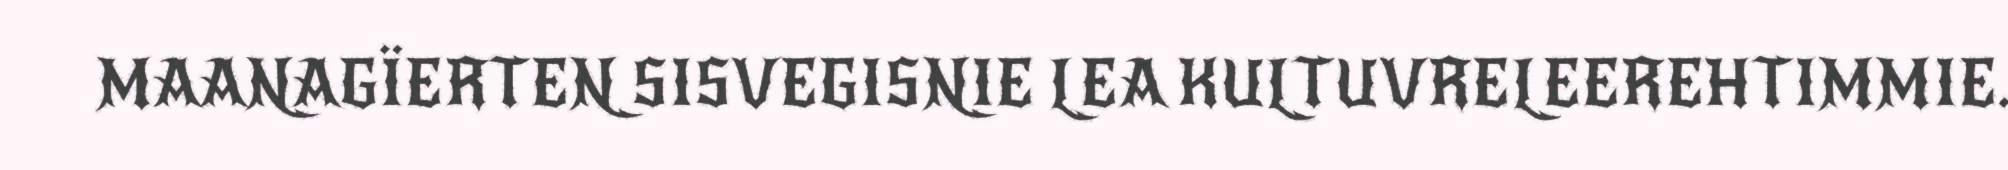
MAANAGÏERTEN SISVEGISNIE LEA KULTUVRELEEREHTIMMIE.